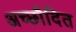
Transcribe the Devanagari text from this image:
अच्छाैदित